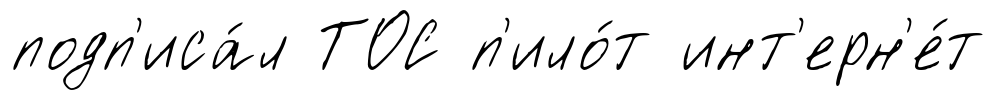
подп'иса́л ТОС п'ило́т инт'ерн'е́т